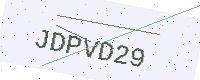
Text: JDPVD29